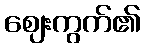
ဈေးကွက်၏